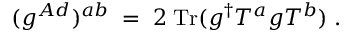
( g ^ { A d } ) ^ { a b } \; = \; 2 \; \mathrm { T r } ( g ^ { \dagger } T ^ { a } g T ^ { b } ) \; .